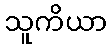
သူကိယာ